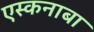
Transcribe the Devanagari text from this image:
एस्कनाबा